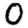
Digit: 0